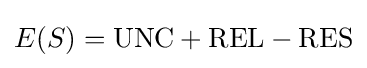
E(S)=\mathrm {UNC} +\mathrm {REL} -\mathrm {RES}